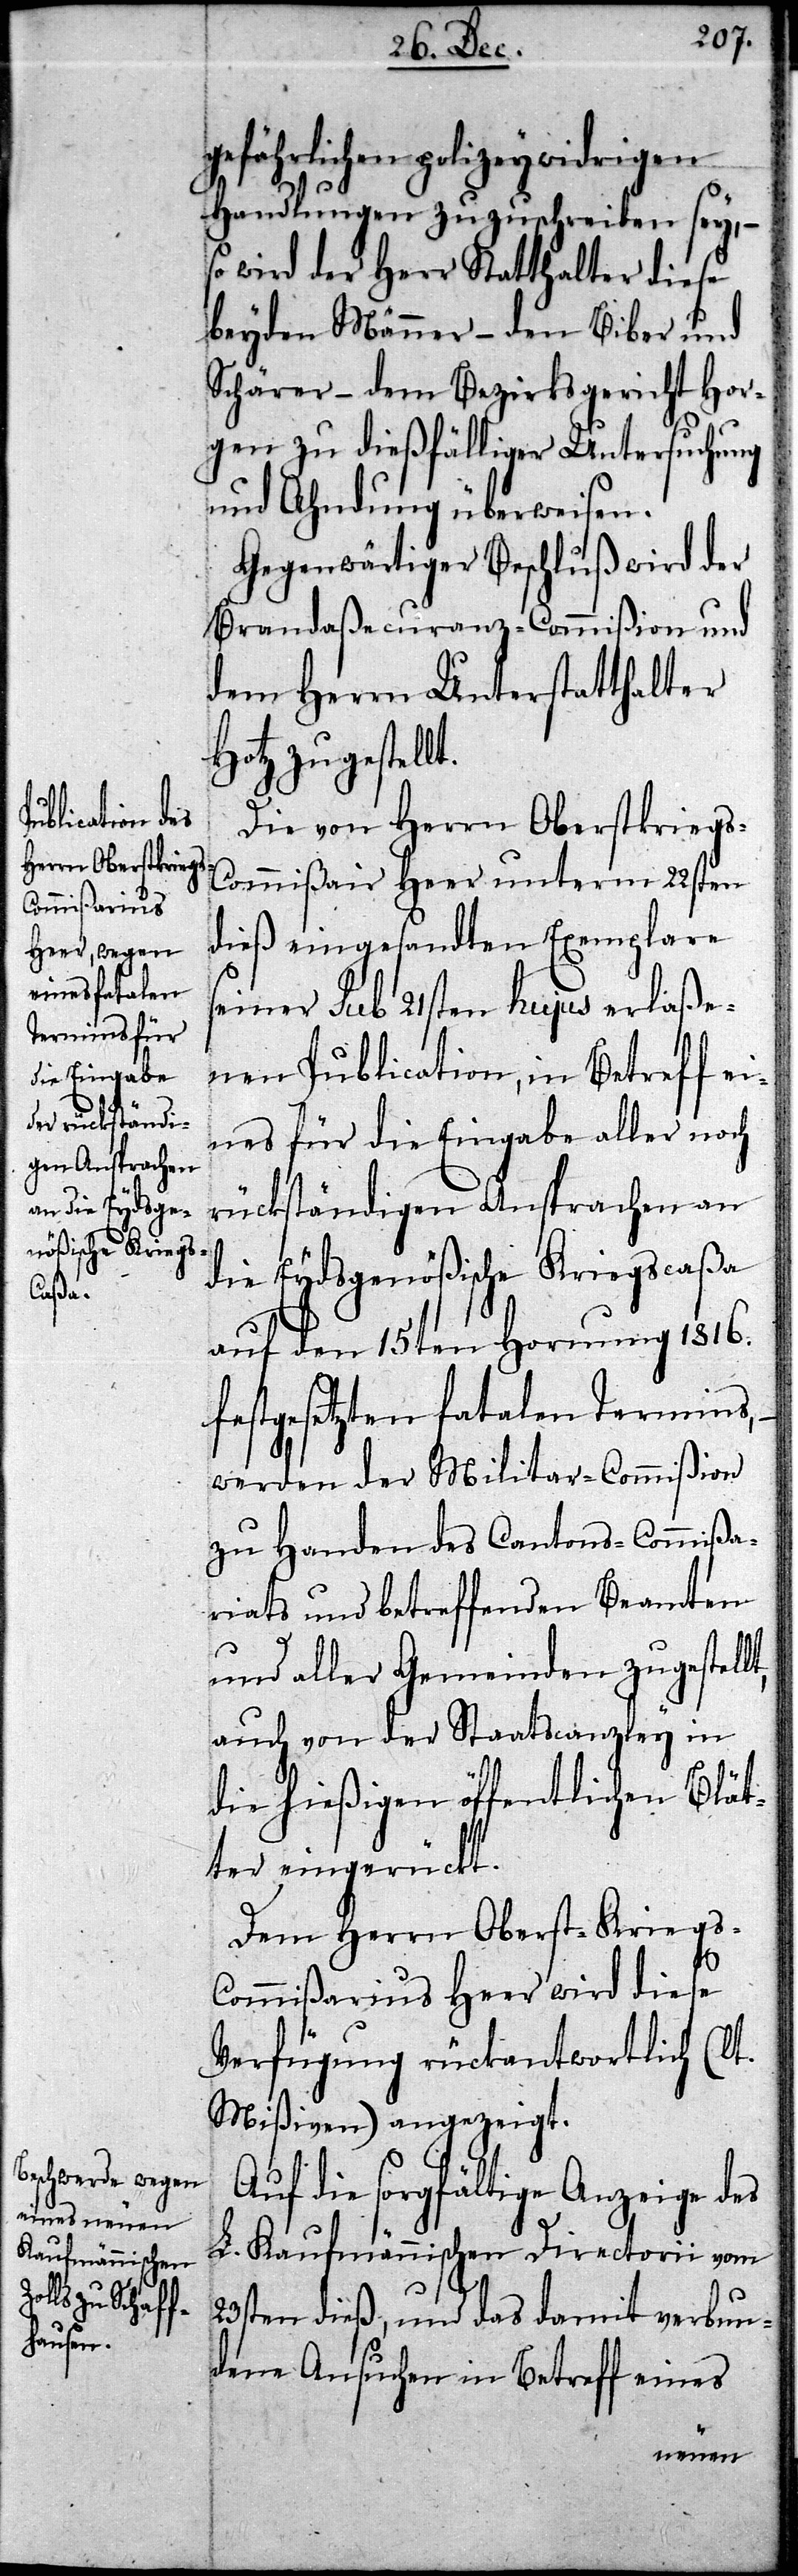
gefährlichen polizeywidrigen
Handlungen zuzuschreiben sey, –
so wird der Herr Statthalter diese
beyden Männer – den Biber und
Schärer – dem Bezirksgericht Hor¬
gen zu dießfälliger Untersuchung
und Ahndung überweisen.
Gegenwärtiger Beschluß wird der
Brandaßecuranz-Commißion und
dem Herrn Unterstatthalter
Hotz zugestellt.
Die von Herrn Oberstkrieg¬
s-Commißair Heer unterm 22sten
dieß eingesandten Exemplare
seiner sub 21sten hujus erlaße¬
nen Publication, in Betreff ei¬
nes für die Eingabe aller noch
rückständigen Ansprachen an
die Eydsgenößische Kriegscaßa
auf den 15ten Hornung 1816.
festgesetzten fatalen Termins,
werden der Militar-Commißion
zu Handen des Cantons-Commißa¬
riats und betreffenden Beamten
und aller Gemeinden zugestellt,
auch von der Staatscanzley in
die hießigen öffentlichen Blät¬
ter eingerückt.
Dem Herrn Oberst-Kriegs-C¬
ommißarius Heer wird diese
Verfügung rückantwortlich (lt.
Mißiven) angezeigt.
Auf die sorgfältige Anzeige des
L. Kaufmännischen Directorii vom
23sten dieß, und das damit verbun¬
dene Ansuchen in Betreff eines